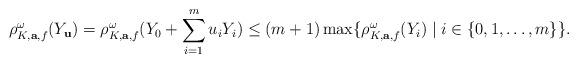
LaTeX: \begin{align*}\rho^{\omega}_{K,\mathbf{a},f}(Y_{\mathbf{u}})=\rho^{\omega}_{K,\mathbf{a},f}(Y_0+\sum_{i=1}^{m}u_iY_i)\le (m+1)\max\{\rho^{\omega}_{K,\mathbf{a},f}(Y_i)\mid i\in \{0,1,\ldots,m\}\}.\end{align*}